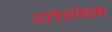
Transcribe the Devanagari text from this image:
योगेन